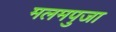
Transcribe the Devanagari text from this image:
मलमपुजा